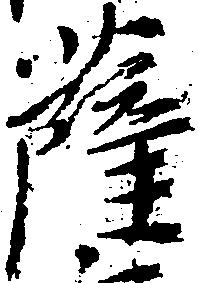
薩